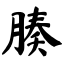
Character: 腠